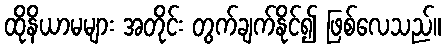
ထိုနိယာမများ အတိုင်း တွက်ချက်နိုင်၍ ဖြစ်လေသည်။